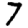
Digit: 7